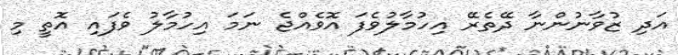
އަދި ޒުވާނުންނާ ދޭތެރޭ އިހުމާލުވެފަ އޮވެއްޖެ ނަމަ އިހުމާލު ވެފައި އޮތީ މި